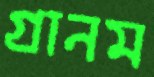
গ্রানম